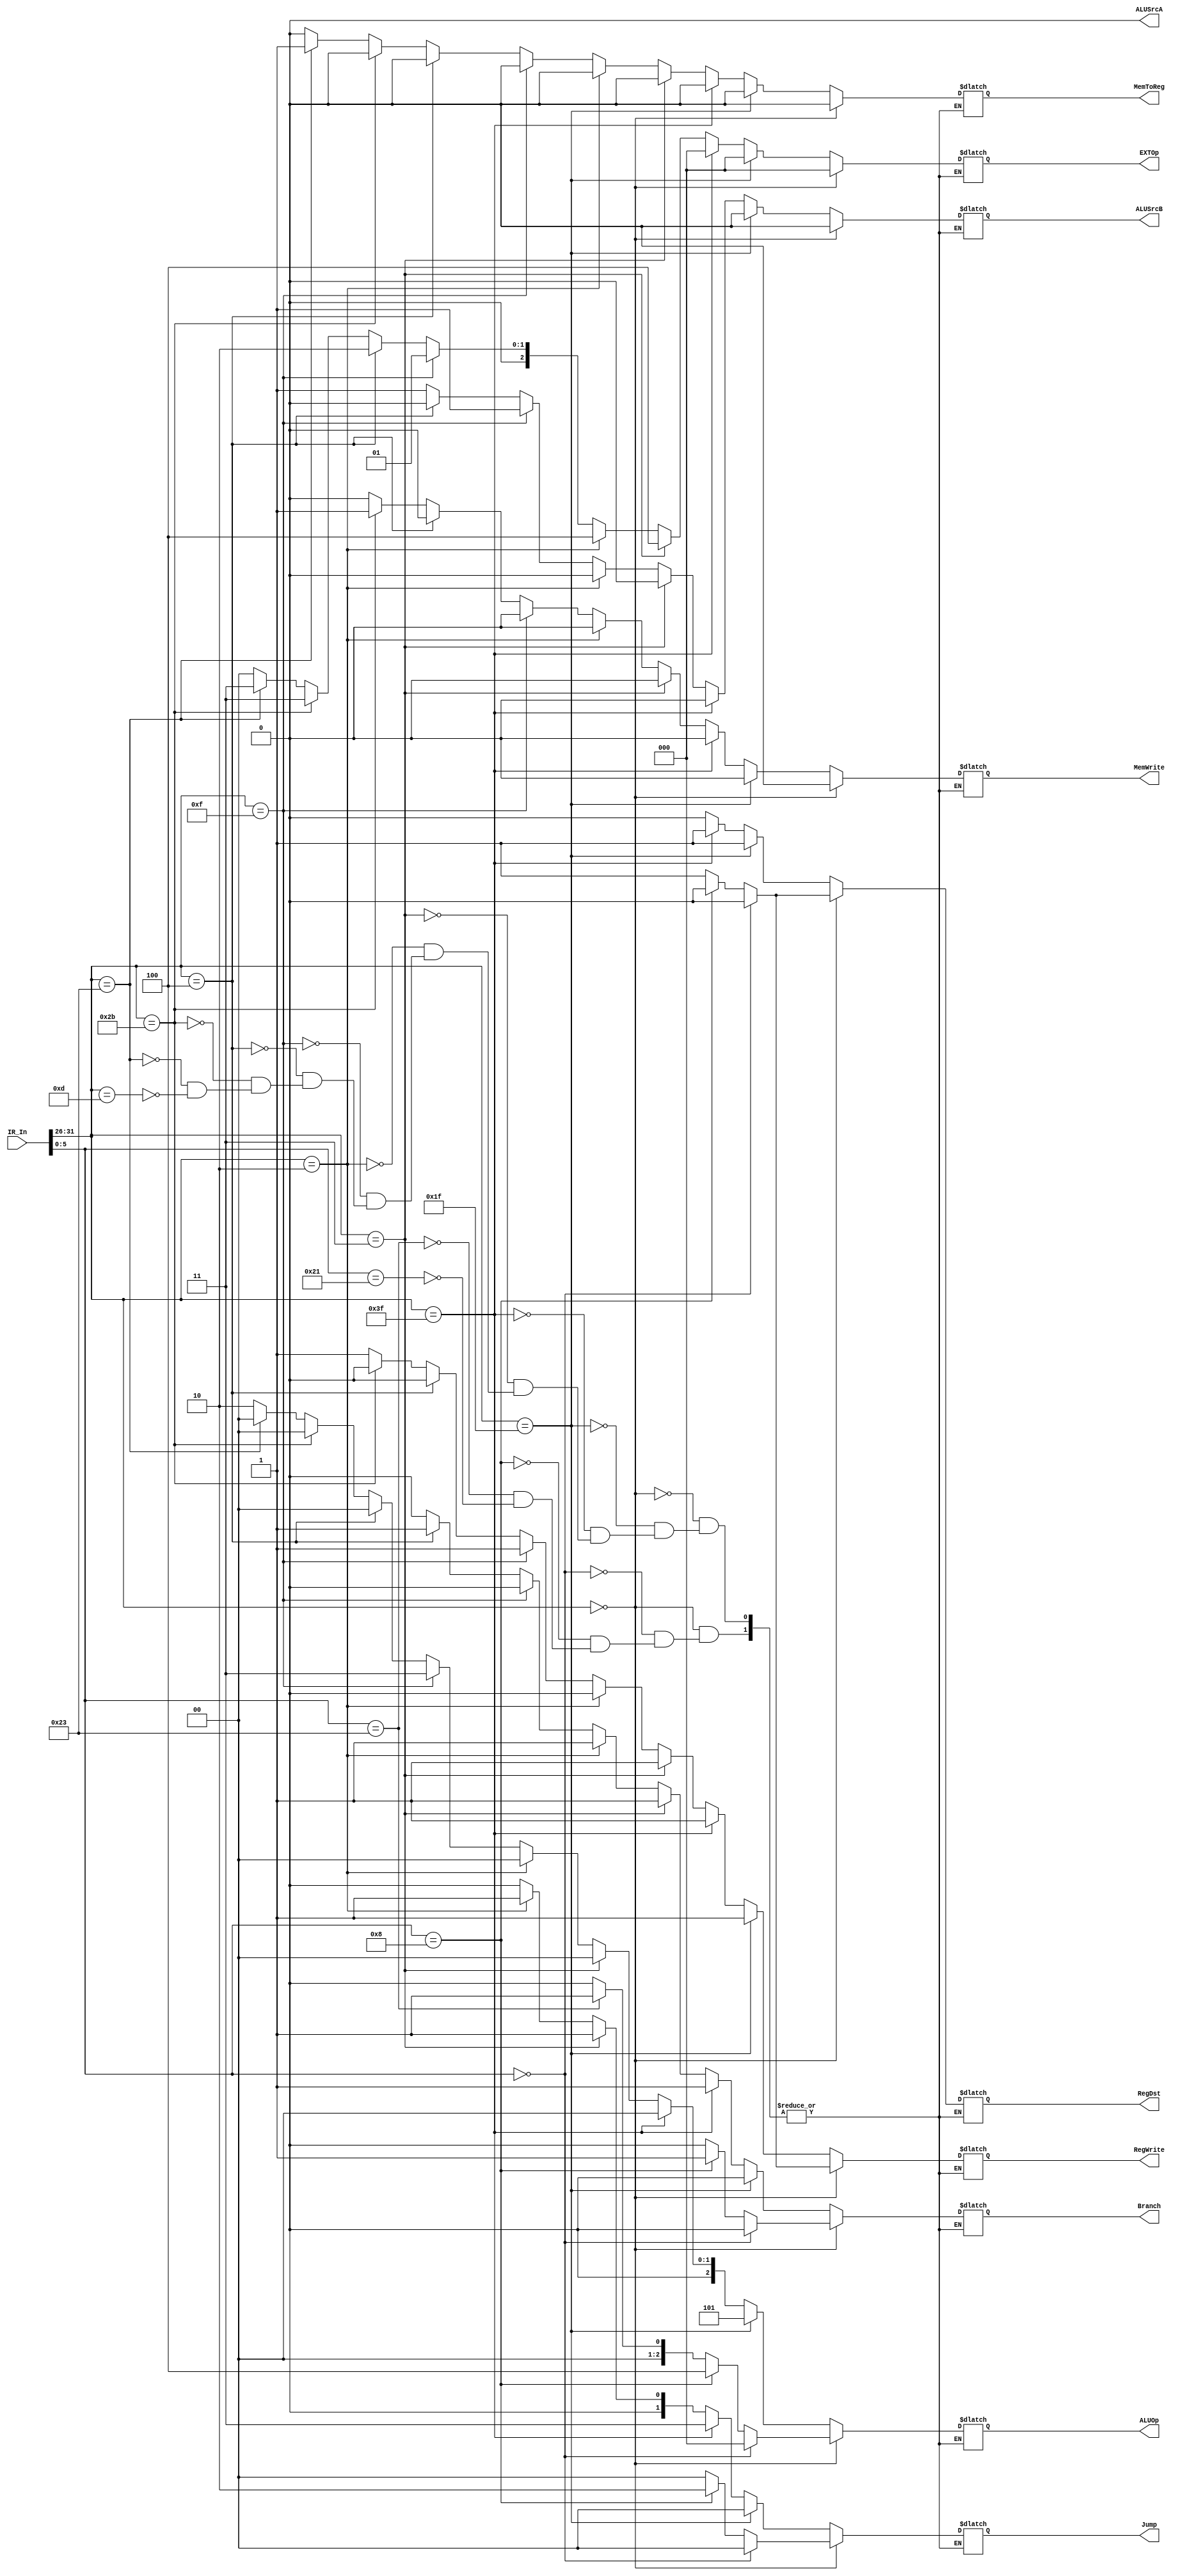
`timescale 1ns / 1ps
//////////////////////////////////////////////////////////////////////////////////
// Company: 
// Engineer: 
// 
// Design Name: 
// Module Name:    Control 
// Project Name: 
// Target Devices: 
// Tool versions: 
// Description: 
//
// Dependencies: 
//
// Revision: 
// Revision 0.01 - File Created
// Additional Comments: 
//
//////////////////////////////////////////////////////////////////////////////////
module Control(
    input [31:0] IR_In, //IF_ID_IR_Out
    output reg RegWrite,
    output reg MemToReg,
    output reg MemWrite,
    output reg [2:0] ALUOp,
    output reg ALUSrcA,
	 output reg ALUSrcB,
    output reg RegDst,
    output reg Branch,
	 output reg [1:0] Jump,
	 output reg [2:0] EXTOp
    );
	 
	 wire [5:0] Op;
	 wire [5:0] Func;
	 
	 assign Op = IR_In[31:26];
	 assign Func = IR_In[5:0];
	 
	 initial begin
	    RegWrite <= 0;
		 MemToReg <= 0;
		 MemWrite <= 0;
		 ALUOp <= 3'b000;
		 ALUSrcA <= 0;
		 ALUSrcB <= 0;
		 RegDst <= 0;
		 Branch <= 0;
		 Jump <= 2'b00;
		 EXTOp <= 3'b000;
	 end
	 
	 always @ (*) begin
	    
		 if(Op == 6'b000000) begin
		 
		    if(Func == 6'b100001) begin //Addu
			    RegWrite <= 1;
		       MemToReg <= 0;
		       MemWrite <= 0;
		       ALUOp <= 3'b000;
		       ALUSrcA <= 0;
		       ALUSrcB <= 0;
		       RegDst <= 1;
		       Branch <= 0;
				 Jump <= 2'b00;
				 EXTOp <= 3'b000;
			 end
			 
			 if(Func == 6'b100011) begin //Subu
			    RegWrite <= 1;
		       MemToReg <= 0;
		       MemWrite <= 0;
		       ALUOp <= 3'b001;
		       ALUSrcA <= 0;
		       ALUSrcB <= 0;
		       RegDst <= 1;
		       Branch <= 0;
				 Jump <= 2'b00;
				 EXTOp <= 3'b000;
			 end
			 
			 if(Func == 6'b001000) begin //Jr
			    RegWrite <= 0;
		       MemToReg <= 0;
		       MemWrite <= 0;
		       ALUOp <= 3'b100;
		       ALUSrcA <= 0;
		       ALUSrcB <= 0;
		       RegDst <= 0;
		       Branch <= 1;
				 Jump <= 2'b10;
				 EXTOp <= 3'b000;
			 end
			 
			 if(Func == 6'b000000) begin //Nop
			    RegWrite <= 0;
		       MemToReg <= 0;
		       MemWrite <= 0;
		       ALUOp <= 3'b000;
		       ALUSrcA <= 0;
		       ALUSrcB <= 0;
		       RegDst <= 0;
		       Branch <= 0;
				 Jump <= 2'b00;
				 EXTOp <= 3'b000;
			 end
			 
		 end
		 
		 else begin
		    
			 if(Op == 6'b001101) begin //Ori
			    RegWrite <= 1;
		       MemToReg <= 0;
		       MemWrite <= 0;
		       ALUOp <= 3'b010;
		       ALUSrcA <= 0;
		       ALUSrcB <= 1;
		       RegDst <= 0;
		       Branch <= 0;
				 Jump <= 2'b00;
				 EXTOp <= 3'b000;
			 end
			 
			 if(Op == 6'b100011) begin //Lw
			    RegWrite <= 1;
		       MemToReg <= 1;
		       MemWrite <= 0;
		       ALUOp <= 3'b000;
		       ALUSrcA <= 0;
		       ALUSrcB <= 1;
		       RegDst <= 0;
		       Branch <= 0;
				 Jump <= 2'b00;
				 EXTOp <= 3'b011;
			 end
			 
			 if(Op == 6'b101011) begin //Sw
			    RegWrite <= 0;
		       MemToReg <= 0;
		       MemWrite <= 1;
		       ALUOp <= 3'b000;
		       ALUSrcA <= 0;
		       ALUSrcB <= 1;
		       RegDst <= 0;
		       Branch <= 0;
				 Jump <= 2'b00;
				 EXTOp <= 3'b011;
			 end
			 
			 if(Op == 6'b000100) begin //Beq
			    RegWrite <= 0;
		       MemToReg <= 0;
		       MemWrite <= 0;
		       ALUOp <= 3'b000;
		       ALUSrcA <= 0;
		       ALUSrcB <= 0;
		       RegDst <= 0;
		       Branch <= 1;
				 Jump <= 2'b00;
				 EXTOp <= 3'b010;
			 end
			 
			 if(Op == 6'b001111) begin //Lui
			    RegWrite <= 1;
		       MemToReg <= 0;
		       MemWrite <= 0;
		       ALUOp <= 3'b011;
		       ALUSrcA <= 0;
		       ALUSrcB <= 1;
		       RegDst <= 0;
		       Branch <= 0;
				 Jump <= 2'b00;
				 EXTOp <= 3'b001;
			 end
			 
			 if(Op == 6'b000010) begin //J
			    RegWrite <= 0;
		       MemToReg <= 0;
		       MemWrite <= 0;
		       ALUOp <= 3'b000;
		       ALUSrcA <= 0;
		       ALUSrcB <= 0;
		       RegDst <= 0;
		       Branch <= 1;
				 Jump <= 2'b01;
				 EXTOp <= 3'b100;
			 end
			 
			 if(Op == 6'b000011) begin //Jal
			    RegWrite <= 1;
		       MemToReg <= 0;
		       MemWrite <= 0;
		       ALUOp <= 3'b000;
		       ALUSrcA <= 0;
		       ALUSrcB <= 0;
		       RegDst <= 0;
		       Branch <= 1;
				 Jump <= 2'b01;
				 EXTOp <= 3'b100;
			 end
			 
			 if(Op == 6'b111111) begin //Bgezalr 
			    RegWrite <= 1;
		       MemToReg <= 0;
		       MemWrite <= 0;
		       ALUOp <= 3'b000;
		       ALUSrcA <= 0;
		       ALUSrcB <= 0;
		       RegDst <= 1;
		       Branch <= 1;
				 Jump <= 2'b11;
				 EXTOp <= 3'b000;
			 end
			 
			 if(Op == 6'b011111) begin //Seb
			    RegWrite <= 1;
		       MemToReg <= 0;
		       MemWrite <= 0;
		       ALUOp <= 3'b101;
		       ALUSrcA <= 0;
		       ALUSrcB <= 0;
		       RegDst <= 1;
		       Branch <= 0;
				 Jump <= 2'b00;
				 EXTOp <= 3'b000;
			 end

       end
    
	 end
	 
endmodule